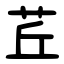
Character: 茊